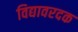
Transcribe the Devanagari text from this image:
विद्यावरदक